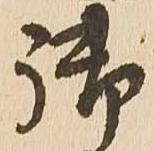
御